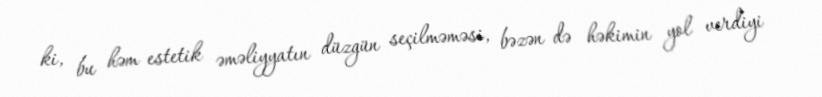
ki, bu həm estetik əməliyyatın düzgün seçilməməsi, bəzən də həkimin yol verdiyi